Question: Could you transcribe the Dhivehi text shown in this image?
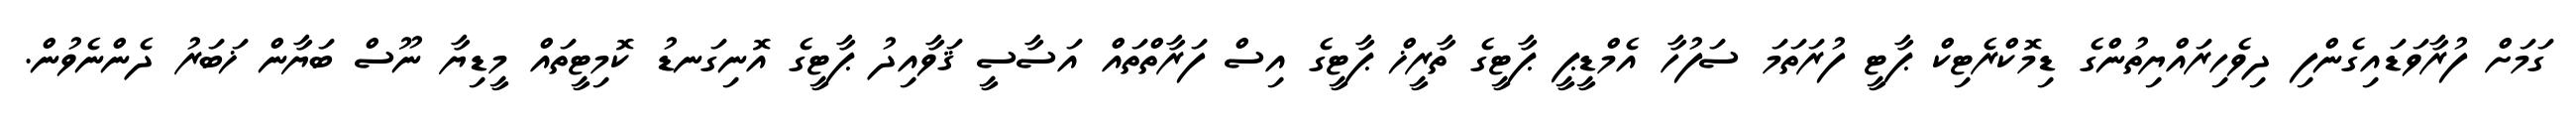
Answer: ގަމަށް ފުރާވަޑައިގެންފި ދިވެހިރައްޔިތުންގެ ޑިމޮކްރެޓިކް ޕާޓީ ފުރަތަމަ ސަފުހާ އެމްޑީޕީ ޕާޓީގެ ތާރީޚް ޕާޓީގެ އިސް ފަރާތްތައް އަސާސީ ޤަވާއިދު ޕާޓީގެ އޮނިގަނޑު ކޮމިޓީތައް މީޑިޔާ ނޫސް ބަޔާން ޚަބަރު ދެންނެވުން.